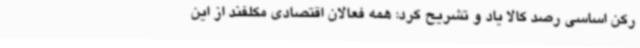
رکن اساسی رصد کالا یاد و تشریح کرد: همه فعالان اقتصادی مکلفند از این